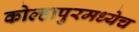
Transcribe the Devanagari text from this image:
कोल्हापुरमध्येच